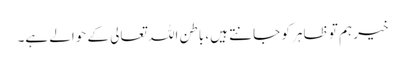
خیر ہم تو ظاہر کو جانتے ہیں، باطن اللہ تعالی کے حوالے ہے۔